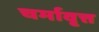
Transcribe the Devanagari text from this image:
चर्मावृत्त